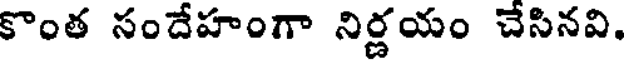
కొంత సందేహంగా నిర్ణయం చేసినవి.